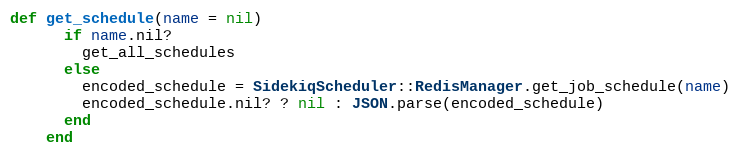
Language: Ruby
def get_schedule(name = nil)
      if name.nil?
        get_all_schedules
      else
        encoded_schedule = SidekiqScheduler::RedisManager.get_job_schedule(name)
        encoded_schedule.nil? ? nil : JSON.parse(encoded_schedule)
      end
    end